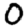
Digit: 0